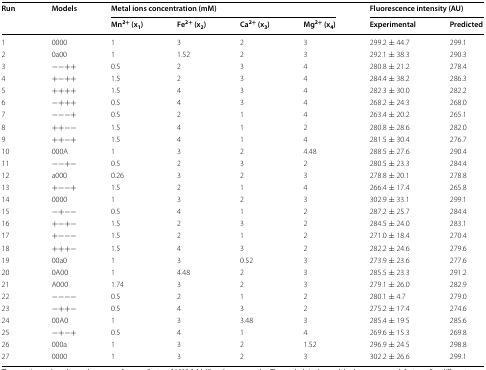
<table><thead><tr><td rowspan="2"><b>Run</b></td><td rowspan="2"><b>Models</b></td><td colspan="4"><b>Metal ions concentration (mM)</b></td><td colspan="2"><b>Fluorescence intensity (AU)</b></td></tr><tr><td><b>Mn<sup>2+</sup> (x<sub>1</sub>)</b></td><td><b>Fe<sup>2+</sup> (x<sub>2</sub>)</b></td><td><b>Ca<sup>2+</sup> (x<sub>3</sub>)</b></td><td><b>Mg<sup>2+</sup> (x<sub>4</sub>)</b></td><td><b>Experimental</b></td><td><b>Predicted</b></td></tr></thead><tbody><tr><td>1</td><td>0000</td><td>1</td><td>3</td><td>2</td><td>3</td><td>299.2 ± 44.7</td><td>299.1</td></tr><tr><td>2</td><td>0a00</td><td>1</td><td>1.52</td><td>2</td><td>3</td><td>292.1 ± 38.3</td><td>290.3</td></tr><tr><td>3</td><td>−−++</td><td>0.5</td><td>2</td><td>3</td><td>4</td><td>280.8 ± 21.2</td><td>278.4</td></tr><tr><td>4</td><td>+−++</td><td>1.5</td><td>2</td><td>3</td><td>4</td><td>284.4 ± 38.2</td><td>286.3</td></tr><tr><td>5</td><td>++++</td><td>1.5</td><td>4</td><td>3</td><td>4</td><td>282.3 ± 30.0</td><td>282.2</td></tr><tr><td>6</td><td>−+++</td><td>0.5</td><td>4</td><td>3</td><td>4</td><td>268.2 ± 24.3</td><td>268.0</td></tr><tr><td>7</td><td>−−−+</td><td>0.5</td><td>2</td><td>1</td><td>4</td><td>263.4 ± 20.2</td><td>265.1</td></tr><tr><td>8</td><td>++−−</td><td>1.5</td><td>4</td><td>1</td><td>2</td><td>280.8 ± 28.6</td><td>282.0</td></tr><tr><td>9</td><td>++−+</td><td>1.5</td><td>4</td><td>1</td><td>4</td><td>281.5 ± 30.4</td><td>276.7</td></tr><tr><td>10</td><td>000A</td><td>1</td><td>3</td><td>2</td><td>4.48</td><td>288.5 ± 27.6</td><td>290.4</td></tr><tr><td>11</td><td>−−+−</td><td>0.5</td><td>2</td><td>3</td><td>2</td><td>280.5 ± 23.3</td><td>284.4</td></tr><tr><td>12</td><td>a000</td><td>0.26</td><td>3</td><td>2</td><td>3</td><td>278.8 ± 20.1</td><td>278.8</td></tr><tr><td>13</td><td>+−−+</td><td>1.5</td><td>2</td><td>1</td><td>4</td><td>266.4 ± 17.4</td><td>265.8</td></tr><tr><td>14</td><td>0000</td><td>1</td><td>3</td><td>2</td><td>3</td><td>302.9 ± 33.1</td><td>299.1</td></tr><tr><td>15</td><td>−+−−</td><td>0.5</td><td>4</td><td>1</td><td>2</td><td>287.2 ± 25.7</td><td>284.4</td></tr><tr><td>16</td><td>+−+−</td><td>1.5</td><td>2</td><td>3</td><td>2</td><td>284.5 ± 24.0</td><td>283.1</td></tr><tr><td>17</td><td>+−−−</td><td>1.5</td><td>2</td><td>1</td><td>2</td><td>271.0 ± 18.4</td><td>270.4</td></tr><tr><td>18</td><td>+++−</td><td>1.5</td><td>4</td><td>3</td><td>2</td><td>282.2 ± 24.6</td><td>279.6</td></tr><tr><td>19</td><td>00a0</td><td>1</td><td>3</td><td>0.52</td><td>3</td><td>273.9 ± 23.6</td><td>277.6</td></tr><tr><td>20</td><td>0A00</td><td>1</td><td>4.48</td><td>2</td><td>3</td><td>285.5 ± 23.3</td><td>291.2</td></tr><tr><td>21</td><td>A000</td><td>1.74</td><td>3</td><td>2</td><td>3</td><td>279.1 ± 26.0</td><td>282.9</td></tr><tr><td>22</td><td>−−−−</td><td>0.5</td><td>2</td><td>1</td><td>2</td><td>280.1 ± 4.7</td><td>279.0</td></tr><tr><td>23</td><td>−++−</td><td>0.5</td><td>4</td><td>3</td><td>2</td><td>275.2 ± 17.4</td><td>274.6</td></tr><tr><td>24</td><td>00A0</td><td>1</td><td>3</td><td>3.48</td><td>3</td><td>285.4 ± 19.5</td><td>285.6</td></tr><tr><td>25</td><td>−+−+</td><td>0.5</td><td>4</td><td>1</td><td>4</td><td>269.6 ± 15.3</td><td>269.8</td></tr><tr><td>26</td><td>000a</td><td>1</td><td>3</td><td>2</td><td>1.52</td><td>296.9 ± 24.5</td><td>298.8</td></tr><tr><td>27</td><td>0000</td><td>1</td><td>3</td><td>2</td><td>3</td><td>302.2 ± 26.6</td><td>299.1</td></tr></tbody></table>